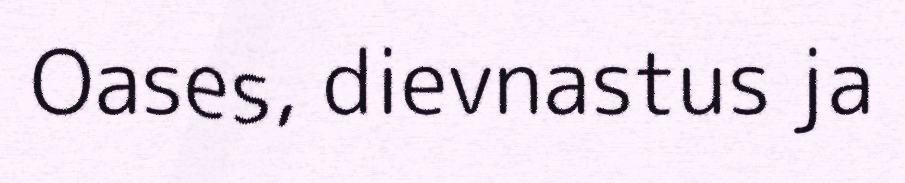
Oases, dievnastus ja